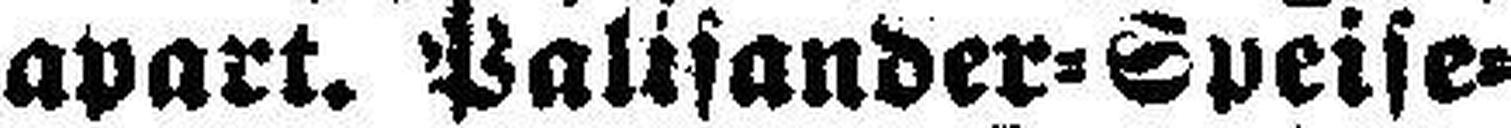
apart. Palisander=Speise¬